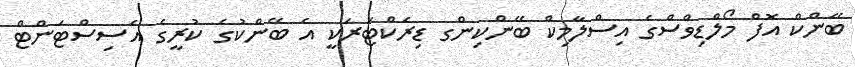
ބޭންކް އޮފް މޯލްޑިވްސްގެ އިސްލާމިކް ބޭންކިންގ ޑިރެކްޓަރަކީ އެ ބޭންކުގެ ކުރީގެ އެސިސްޓަންޓް